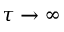
\tau \rightarrow \infty